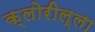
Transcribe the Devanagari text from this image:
क्लोरील्ला